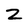
Character: Z